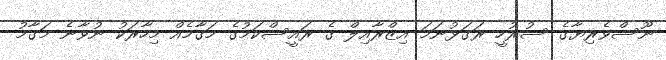
ނޫސްވެރިޔާގެ ސުރުހީ ރަގަޅުނަމަ އިޒްރާއިލް ގެ ރައީސްކަމުގެ މަގާމެއް މިހާރަކު ނުވާނެ މަގާމު